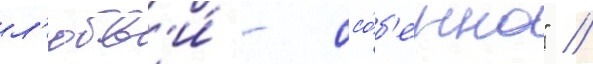
л'юбв'и́ - осо́б'енно" //